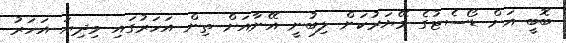
ބޮބީ އަށް ޑޯސެޓުގެ މޭޔަރުކަން ލިބުނީ އޭނާއަށް ތިން އަހަރުގައި މިދިޔަ އަހަރު